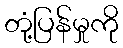
တုံ့ပြန်မှုကို